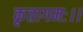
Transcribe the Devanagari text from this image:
कृतागमः।।